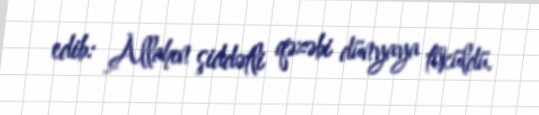
edib: Allahın şiddətli qəzəbi dünyaya töküldü.